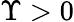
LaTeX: \Upsilon>0